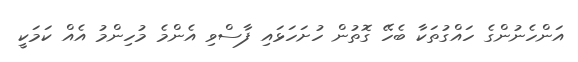
އަންހެނުންގެ ހައްގުތަކާ ބެހޭ ގޮތުން ހުށަހަޅައި ފާސްވި އެންމެ މުހިންމު އެއް ކަމަކީ